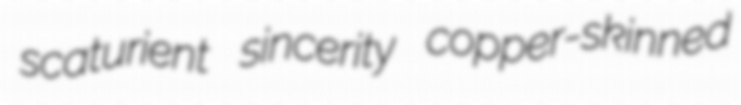
scaturient sincerity copper-skinned